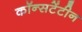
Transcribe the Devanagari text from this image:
कॉन्सटेंटीन